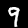
Digit: 9